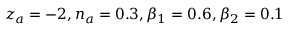
z _ { a } = - 2 , n _ { a } = 0 . 3 , \beta _ { 1 } = 0 . 6 , \beta _ { 2 } = 0 . 1